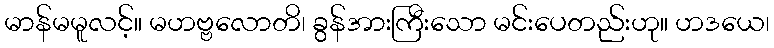
မာန်မမူလင့်။ မဟဗ္ဗလောတိ၊ ခွန်အားကြီးသော မင်းပေတည်းဟု။ ဟဒယေ၊